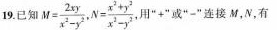
19已知 $$M = \frac { 2 x y } { x ^ { 2 } - y ^ { 2 } } ,$$N = \frac { x ^ { 2 } + y ^ { 2 } } { x ^ { 2 } - y ^ { 2 } }$$ 用”+”或”-”连接M，N，有